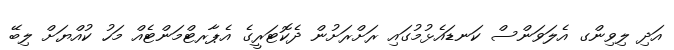
އަދި ލިވިންގ އެލަވަންސް ކަނޑައެޅުމުގައި ރަށްރަށުން ދެކޮޓަރީގެ އެޕާރޓްމަންޓެއް މަހު ކުއްޔަށް ލިބޭ